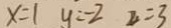
x = 1 y = - 2 z = 3